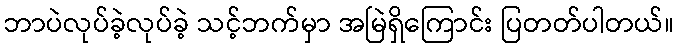
ဘာပဲလုပ်ခဲ့လုပ်ခဲ့ သင့်ဘက်မှာ အမြဲရှိကြောင်း ပြတတ်ပါတယ်။